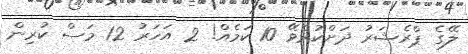
ލޭގެ ޕްރެޝަރު ދަށްކުރެވޭ 10 ކަމެއް! 2 އަހަރު 12 މަސް ކުރިން